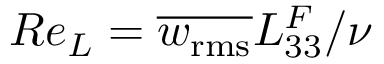
R e _ { L } = \overline { { w _ { \mathrm { r m s } } } } L _ { 3 3 } ^ { F } / \nu